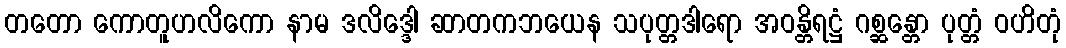
တတော ကောတူဟလိကော နာမ ဒလိဒ္ဒေါ ဆာတကဘယေန သပုတ္တဒါရော အဝန္တိရဋ္ဌံ ဂစ္ဆန္တော ပုတ္တံ ဝဟိတုံ